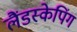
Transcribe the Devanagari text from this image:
लैंडस्केपिंग